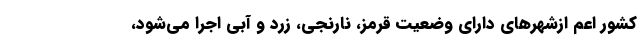
کشور اعم ازشهرهای دارای وضعیت قرمز، نارنجی، زرد و آبی اجرا می‌شود،